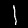
Digit: 1